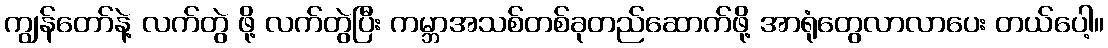
ကျွန်တော်နဲ့ လက်တွဲ ဖို့ လက်တွဲပြီး ကမ္ဘာအသစ်တစ်ခုတည်ဆောက်ဖို့ အာရုံတွေလာလာပေး တယ်ပေါ့။